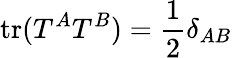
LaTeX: \mathrm{tr}(T^{A}T^{B})={\frac{1}{2}}\delta_{AB}